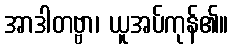
အာဒါတဗ္ဗာ၊ ယူအပ်ကုန်၏။